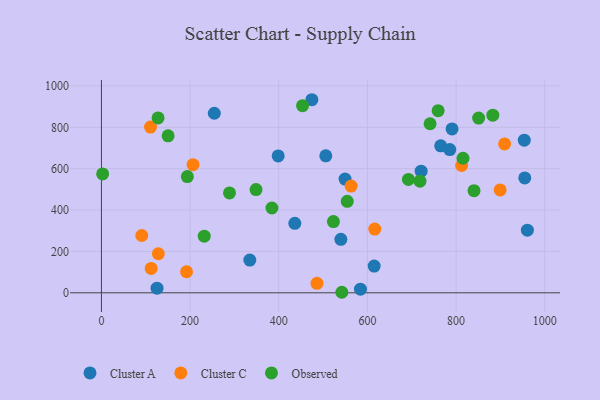
{"axis": {"x": "Distance", "y": "Salary"}, "legend": ["Cluster A", "Cluster C", "Observed"], "data": [{"x": "334.7", "y": 158.1, "type": "Cluster A"}, {"x": "398.7", "y": 661.6, "type": "Cluster A"}, {"x": "790.9", "y": 792.3, "type": "Cluster A"}, {"x": "549.5", "y": 549.9, "type": "Cluster A"}, {"x": "506.1", "y": 661.9, "type": "Cluster A"}, {"x": "953.8", "y": 737.9, "type": "Cluster A"}, {"x": "584.3", "y": 17.5, "type": "Cluster A"}, {"x": "765.3", "y": 710.4, "type": "Cluster A"}, {"x": "785.8", "y": 692.5, "type": "Cluster A"}, {"x": "615.2", "y": 129.4, "type": "Cluster A"}, {"x": "474.7", "y": 933.3, "type": "Cluster A"}, {"x": "954.9", "y": 555.4, "type": "Cluster A"}, {"x": "125.4", "y": 22.6, "type": "Cluster A"}, {"x": "254.6", "y": 867.9, "type": "Cluster A"}, {"x": "721.2", "y": 587.9, "type": "Cluster A"}, {"x": "436.2", "y": 335.8, "type": "Cluster A"}, {"x": "540.1", "y": 258.7, "type": "Cluster A"}, {"x": "960.8", "y": 303.0, "type": "Cluster A"}, {"x": "206.6", "y": 619.2, "type": "Cluster C"}, {"x": "812.5", "y": 615.4, "type": "Cluster C"}, {"x": "128.3", "y": 188.7, "type": "Cluster C"}, {"x": "563.3", "y": 515.9, "type": "Cluster C"}, {"x": "112.2", "y": 117.8, "type": "Cluster C"}, {"x": "486.2", "y": 45.7, "type": "Cluster C"}, {"x": "616.6", "y": 308.2, "type": "Cluster C"}, {"x": "110.7", "y": 801.2, "type": "Cluster C"}, {"x": "899.4", "y": 497.5, "type": "Cluster C"}, {"x": "192.0", "y": 101.7, "type": "Cluster C"}, {"x": "909.4", "y": 719.6, "type": "Cluster C"}, {"x": "91.0", "y": 277.0, "type": "Cluster C"}, {"x": "150.4", "y": 758.6, "type": "Observed"}, {"x": "554.5", "y": 442.2, "type": "Observed"}, {"x": "127.8", "y": 845.5, "type": "Observed"}, {"x": "882.9", "y": 858.8, "type": "Observed"}, {"x": "692.5", "y": 547.9, "type": "Observed"}, {"x": "741.3", "y": 817.1, "type": "Observed"}, {"x": "231.9", "y": 273.6, "type": "Observed"}, {"x": "348.7", "y": 499.2, "type": "Observed"}, {"x": "850.8", "y": 844.5, "type": "Observed"}, {"x": "759.5", "y": 880.5, "type": "Observed"}, {"x": "542.3", "y": 2.6, "type": "Observed"}, {"x": "840.4", "y": 493.7, "type": "Observed"}, {"x": "815.6", "y": 650.5, "type": "Observed"}, {"x": "193.8", "y": 561.8, "type": "Observed"}, {"x": "2.7", "y": 574.6, "type": "Observed"}, {"x": "523.3", "y": 344.5, "type": "Observed"}, {"x": "453.7", "y": 904.5, "type": "Observed"}, {"x": "384.6", "y": 410.0, "type": "Observed"}, {"x": "288.9", "y": 482.6, "type": "Observed"}, {"x": "718.5", "y": 539.5, "type": "Observed"}]}